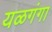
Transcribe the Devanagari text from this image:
यळगंगा